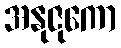
အနုဇုကော